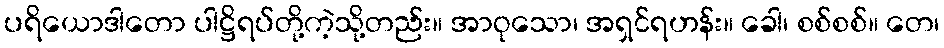
ပရိယောဒါတော ပါဋ္ဌိရပ်တို့ကဲ့သို့တည်း။ အာဝုသော၊ အရှင်ရဟန်း။ ခေါ၊ စစ်စစ်။ တေ၊